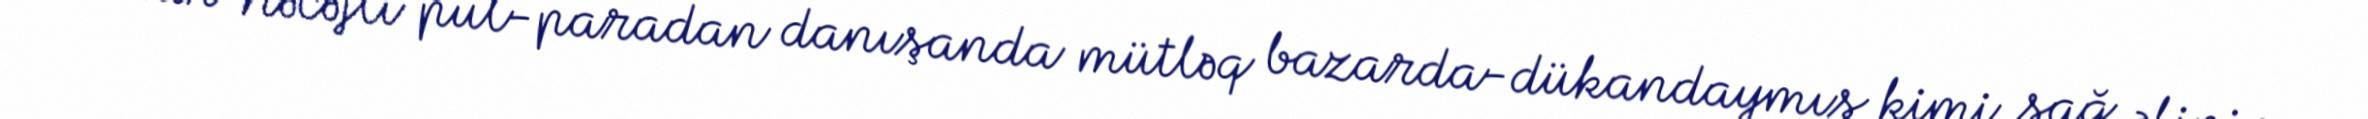
Anar Nəcəfli pul-paradan danışanda mütləq bazarda-dükandaymış kimi sağ əlinin